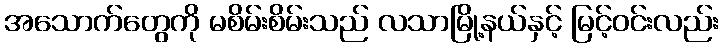
အသောက်တွေကို မစိမ်းစိမ်းသည် လသာမြို့နယ်နှင့် မြင့်ဝင်းလည်း